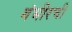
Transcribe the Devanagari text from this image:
गंभीरची